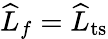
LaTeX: \widehat{L}_{f}=\widehat{L}_{\mathrm{ts}}